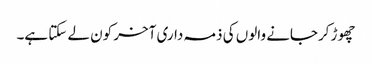
چھوڑ کرجانے والوں کی ذمہ داری آخر کون لے سکتا ہے۔